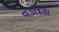
વડૉદરા